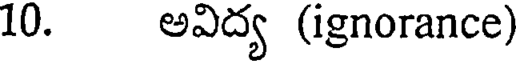
10. అవిద్య (ignorance)